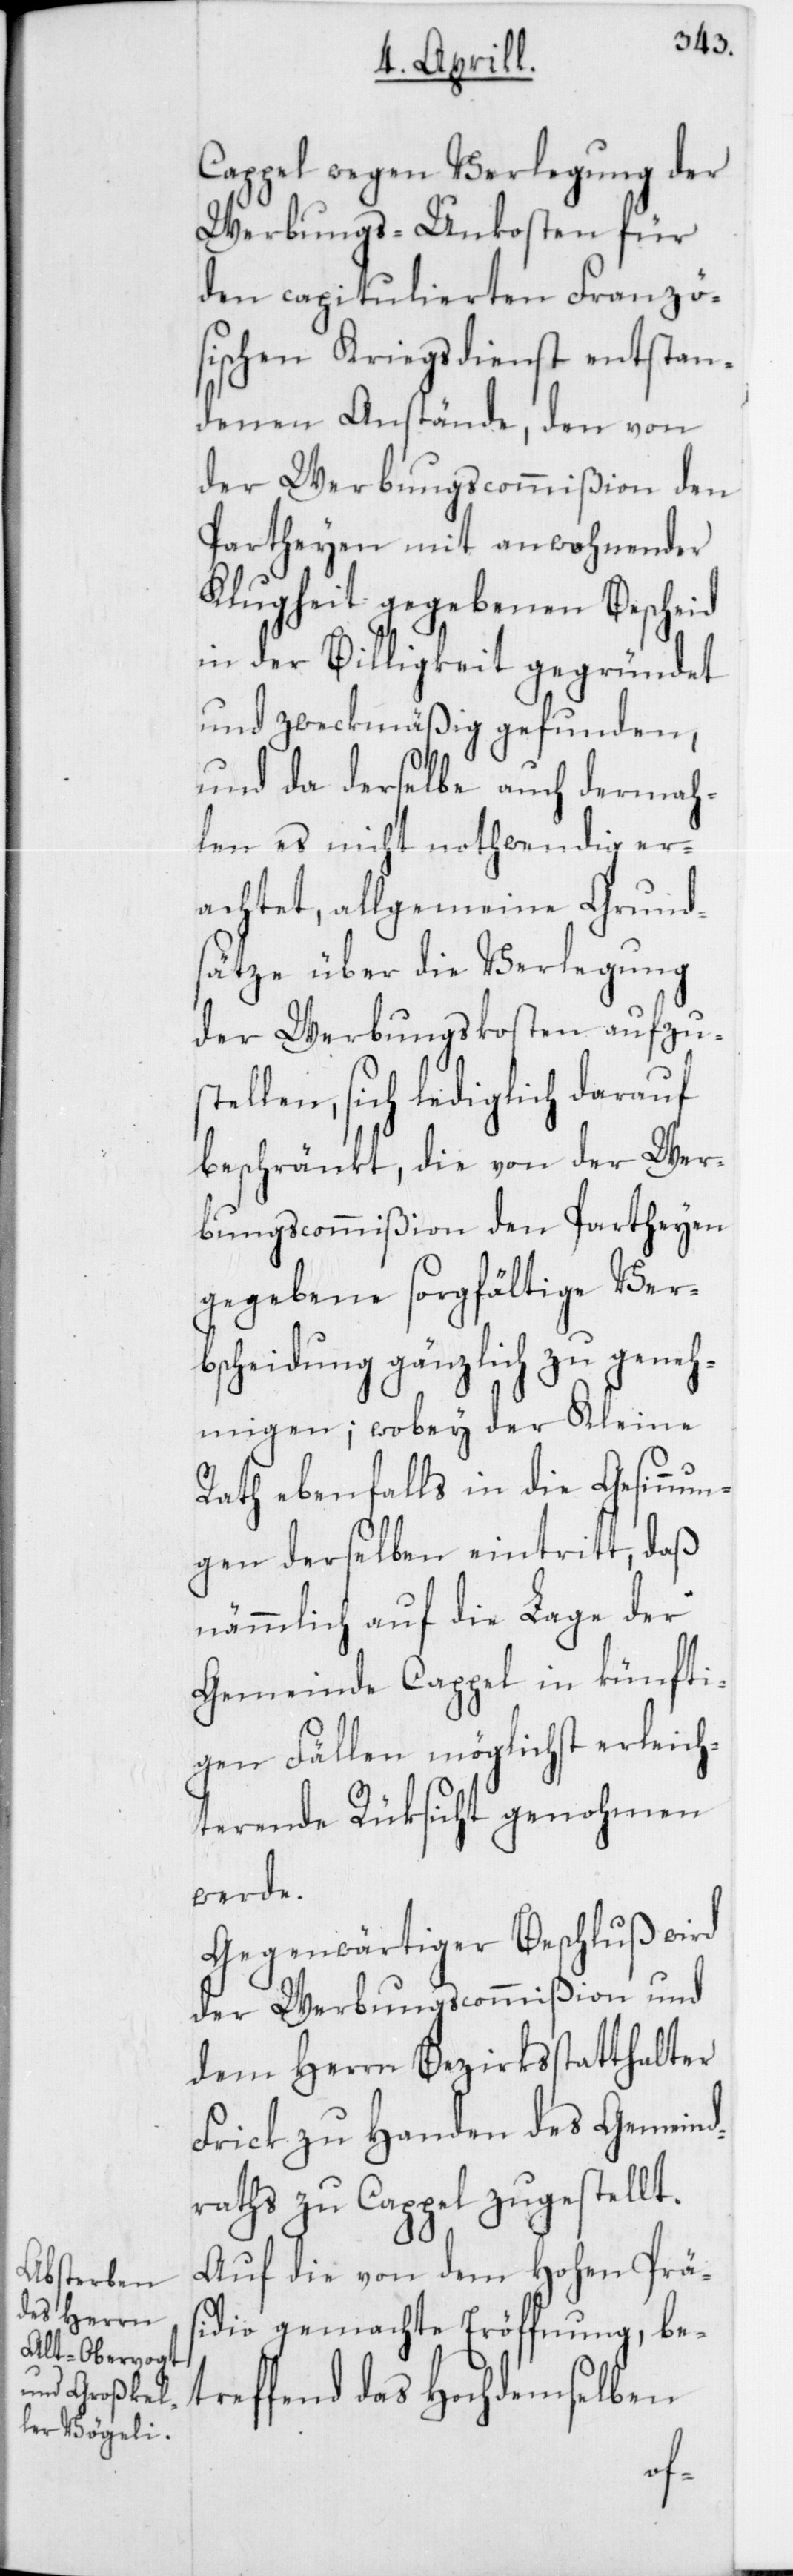
Cappel wegen Verlegung der
Werbungs-Unkosten für
den capitulierten Franzö¬
sischen Kriegsdienst entstan¬
denen Anstände, den von
der Werbungscommißion den
Partheyen mit anwohnender
Klugheit gegebenen Bescheid
in der Billigkeit gegründet
und zweckmäßig gefunden,
und da derselbe auch dermah¬
len es nicht nothwendig er¬
achtet, allgemeine Grund¬
sätze über die Verlegung
der Werbungskosten aufzus¬
tellen, sich lediglich darauf
beschränkt, die von der Wer¬
bungscommißion den Partheyen
gegebene sorgfältige Ver¬
bscheidung gänzlich zu geneh¬
migen; wobey der Kleine
Rath ebenfalls in die Gesinnun¬
gen derselben eintritt, daß
nämmlich auf die Lage der
Gemeinde Cappel in künfti¬
gen Fällen möglichst erleich¬
ternde Rüksicht genohmen
werde.
Gegenwärtiger Beschluß wird
der Werbungscommißion und
dem Herrn Bezirksstatthalter
Frick zu Handen des Gemeind¬
raths zu Cappel zugestellt.
Auf die von dem Hohen Prä¬
sidio gemachte Eröffnung, be¬
treffend das Hochdemselben